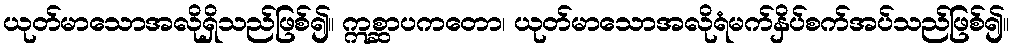
ယုတ်မာသောအလိုရှိသည်ဖြစ်၍။ ဣစ္ဆာပကတော၊ ယုတ်မာသောအလိုရံမက်နှိပ်စက်အပ်သည်ဖြစ်၍။